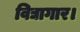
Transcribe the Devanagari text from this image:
विद्यागार।